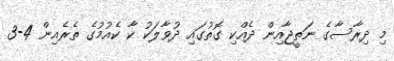
މި ދިރާސާގެ ނަތީޖާއިން ދެއްކި ގޮތުގައި ދުވާލަކު ކާ ކެއުމުގެ ތެރެއިން 4-3